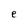
Character: e